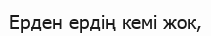
Ерден ердің кемі жок,